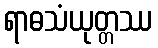
ရာဓသံယုတ္တဿ